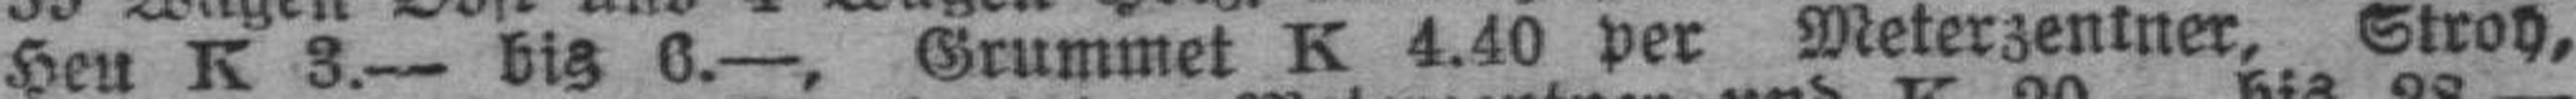
Heu K 3.— bis 6.—, Grummet K 4.40 per Meterzentner, Stroh,